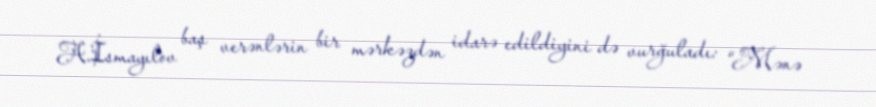
A.İsmayılov baş verənlərin bir mərkəzdən idarə edildiyini də vurğuladı: “Mənə